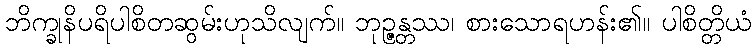
ဘိက္ခုနိပရိပါစိတဆွမ်းဟုသိလျက်။ ဘုဉ္ဇန္တဿ၊ စားသောရဟန်း၏။ ပါစိတ္တိယံ